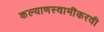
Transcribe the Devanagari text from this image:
कल्याणस्वामींकरवी